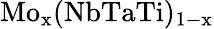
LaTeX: \mathrm{Mo}_{\mathrm{x}}(\mathrm{NbTaTi})_{\mathrm{1-x}}